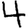
Digit: 4